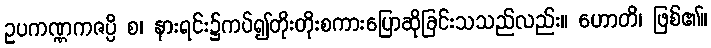
ဥပကဏ္ဏကဇပ္ပိ စ၊ နားရင်း၌ကပ်၍တိုးတိုးစကားပြောဆိုခြင်းသသည်လည်း။ ဟောတိ၊ ဖြစ်၏။